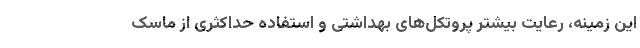
این زمینه، رعایت بیشتر پروتکل‌های بهداشتی و استفاده حداکثری از ماسک